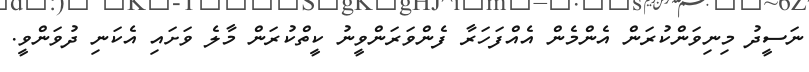
ނަސީދު މިނިވަންކުރަން އެންމެން އެއްފަހަރާ ފެންވަރަންވީނު ކީތްކުރަން މާލެ ވަށައި އެކަނި ދުވަންވީ.